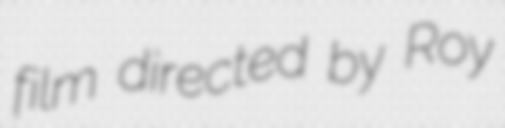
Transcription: film directed by Roy